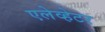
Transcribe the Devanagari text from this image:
एलेव्हेटर